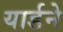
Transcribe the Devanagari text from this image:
यार्डने